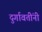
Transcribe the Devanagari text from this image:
दुर्गावतींनी